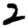
Digit: 2